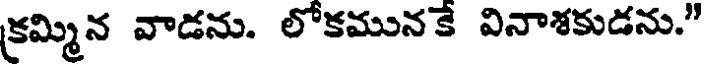
కమ్మిన వాడను. లోకమునకే వినాశకుడను."